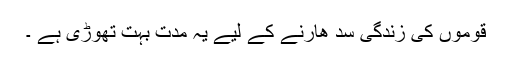
قوموں کی زندگی سد ھارنے کے لیے یہ مدت بہت تھوڑی ہے ۔